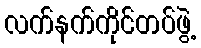
လက်နက်ကိုင်တပ်ဖွဲ့